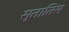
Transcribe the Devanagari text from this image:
स्तातिस